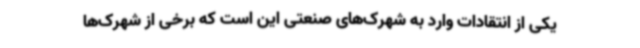
یکی از انتقادات وارد به شهرک‌های صنعتی این است که برخی از شهرک‌ها